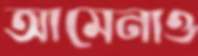
আমেনাও